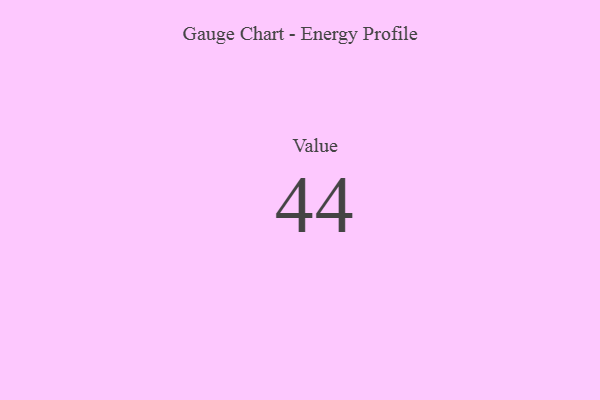
{"axis": {"x": "Metric", "y": "Value"}, "legend": [""], "data": [{"x": "Value", "y": 44, "type": ""}]}